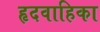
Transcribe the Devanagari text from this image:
हृदवाहिका